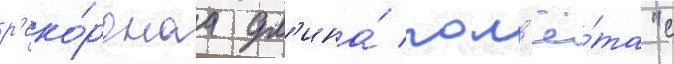
р'еко́рднаа дл'ина́ пол'ё́та "с